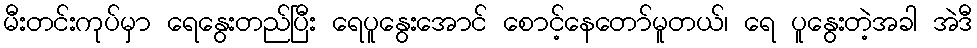
မီးတင်းကုပ်မှာ ရေနွေးတည်ပြီး ရေပူနွေးအောင် စောင့်နေတော်မူတယ်၊ ရေ ပူနွေးတဲ့အခါ အဲဒီ